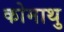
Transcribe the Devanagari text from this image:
कोमाथु